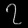
Digit: ၇